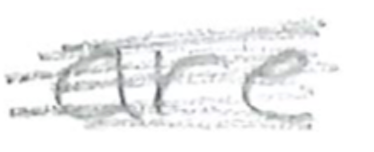
Text: are
Cross-out: mix
Writing tool: pencil